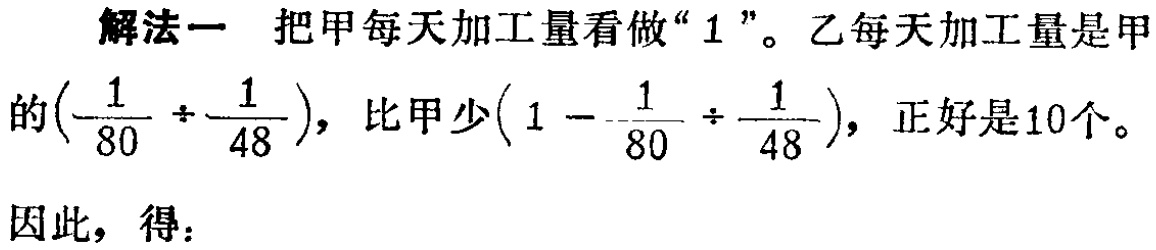
解法一 把甲每天加工量看做“$1$”。乙每天加工量是甲的$(\frac{1}{80} \div \frac{1}{48})$，比甲少$(1 - \frac{1}{80} \div \frac{1}{48})$，正好是$10$个。
因此，得：